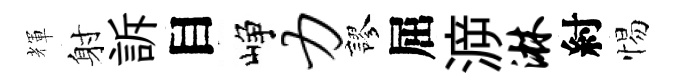
輝射訴目峥力謬屈㴑淋紂惕